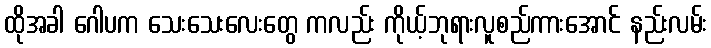
ထိုအခါ ဂေါပက သေးသေးလေးတွေ ကလည်း ကိုယ့်ဘုရားလူစည်ကားအောင် နည်းလမ်း